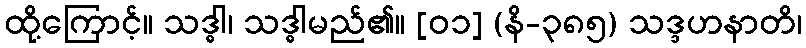
ထို့ကြောင့်။ သဒ္ဓါ၊ သဒ္ဓါမည်၏။ [၀၁] (နိ-၃၈၅) သဒ္ဒဟနာတိ၊